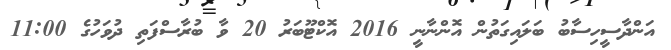
އަންދާސީހިސާބު ބަލައިގަތުން އޮންނާނީ 2016 އޮކްޓޫބަރު 20 ވާ ބުރާސްފަތި ދުވަހުގެ 11:00